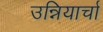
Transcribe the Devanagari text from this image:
उन्नियार्चा